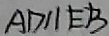
A D / / E B